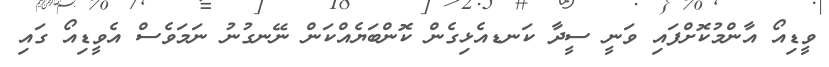
ވީޑިއޯ އާންމުކޮށްފައި ވަނީ ސީދާ ކަނޑއެޅިގެން ކޮންބަޔެއްކަން ނޭނގުނު ނަމަވެސް އެވީޑިއޯ ގައި